Lunatic asylums Madras 1892-1911 - 1892-1911
Year: 1892
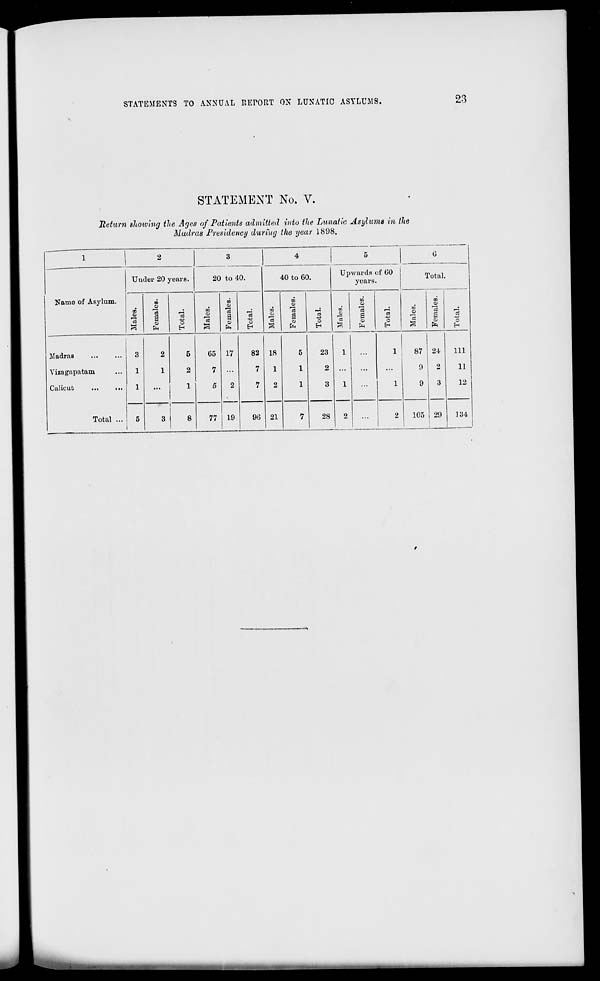
STATEMENTS TO ANNUAL REPORT ON LUNATIC ASYLUMS.
23
STATEMENT No. V.
Return showing the Ages of Patients admitted into the Lunatic Asylums in the
Madras Presidency during the year 1898.
1
2
3
4
5
0
Name of Asylum.
Uuder 20 years.
20 to 40.
40 to 60.
Upwards of 00
years.
Total.
09
O
no
0)
13
S
o
13
o
m
a
13
p=3
03
o
13
a "3
"o
to
o
to
0)
a
o
09
13
o
a o
a
o
09
O
13
on
«
a
13
O
EH
Madras
Yizagapatam
Calicut
Total ...
3
1
1
5
2
1
5
2
1
G5
7
5
17
2
19
82
7
7
18
1
2
5
1
1
23
2
3
1
1
2
...
1
1
87
9
9
24
2
3
29
111
11
12
3
8
77
90 21
7
28
...
2
105
134